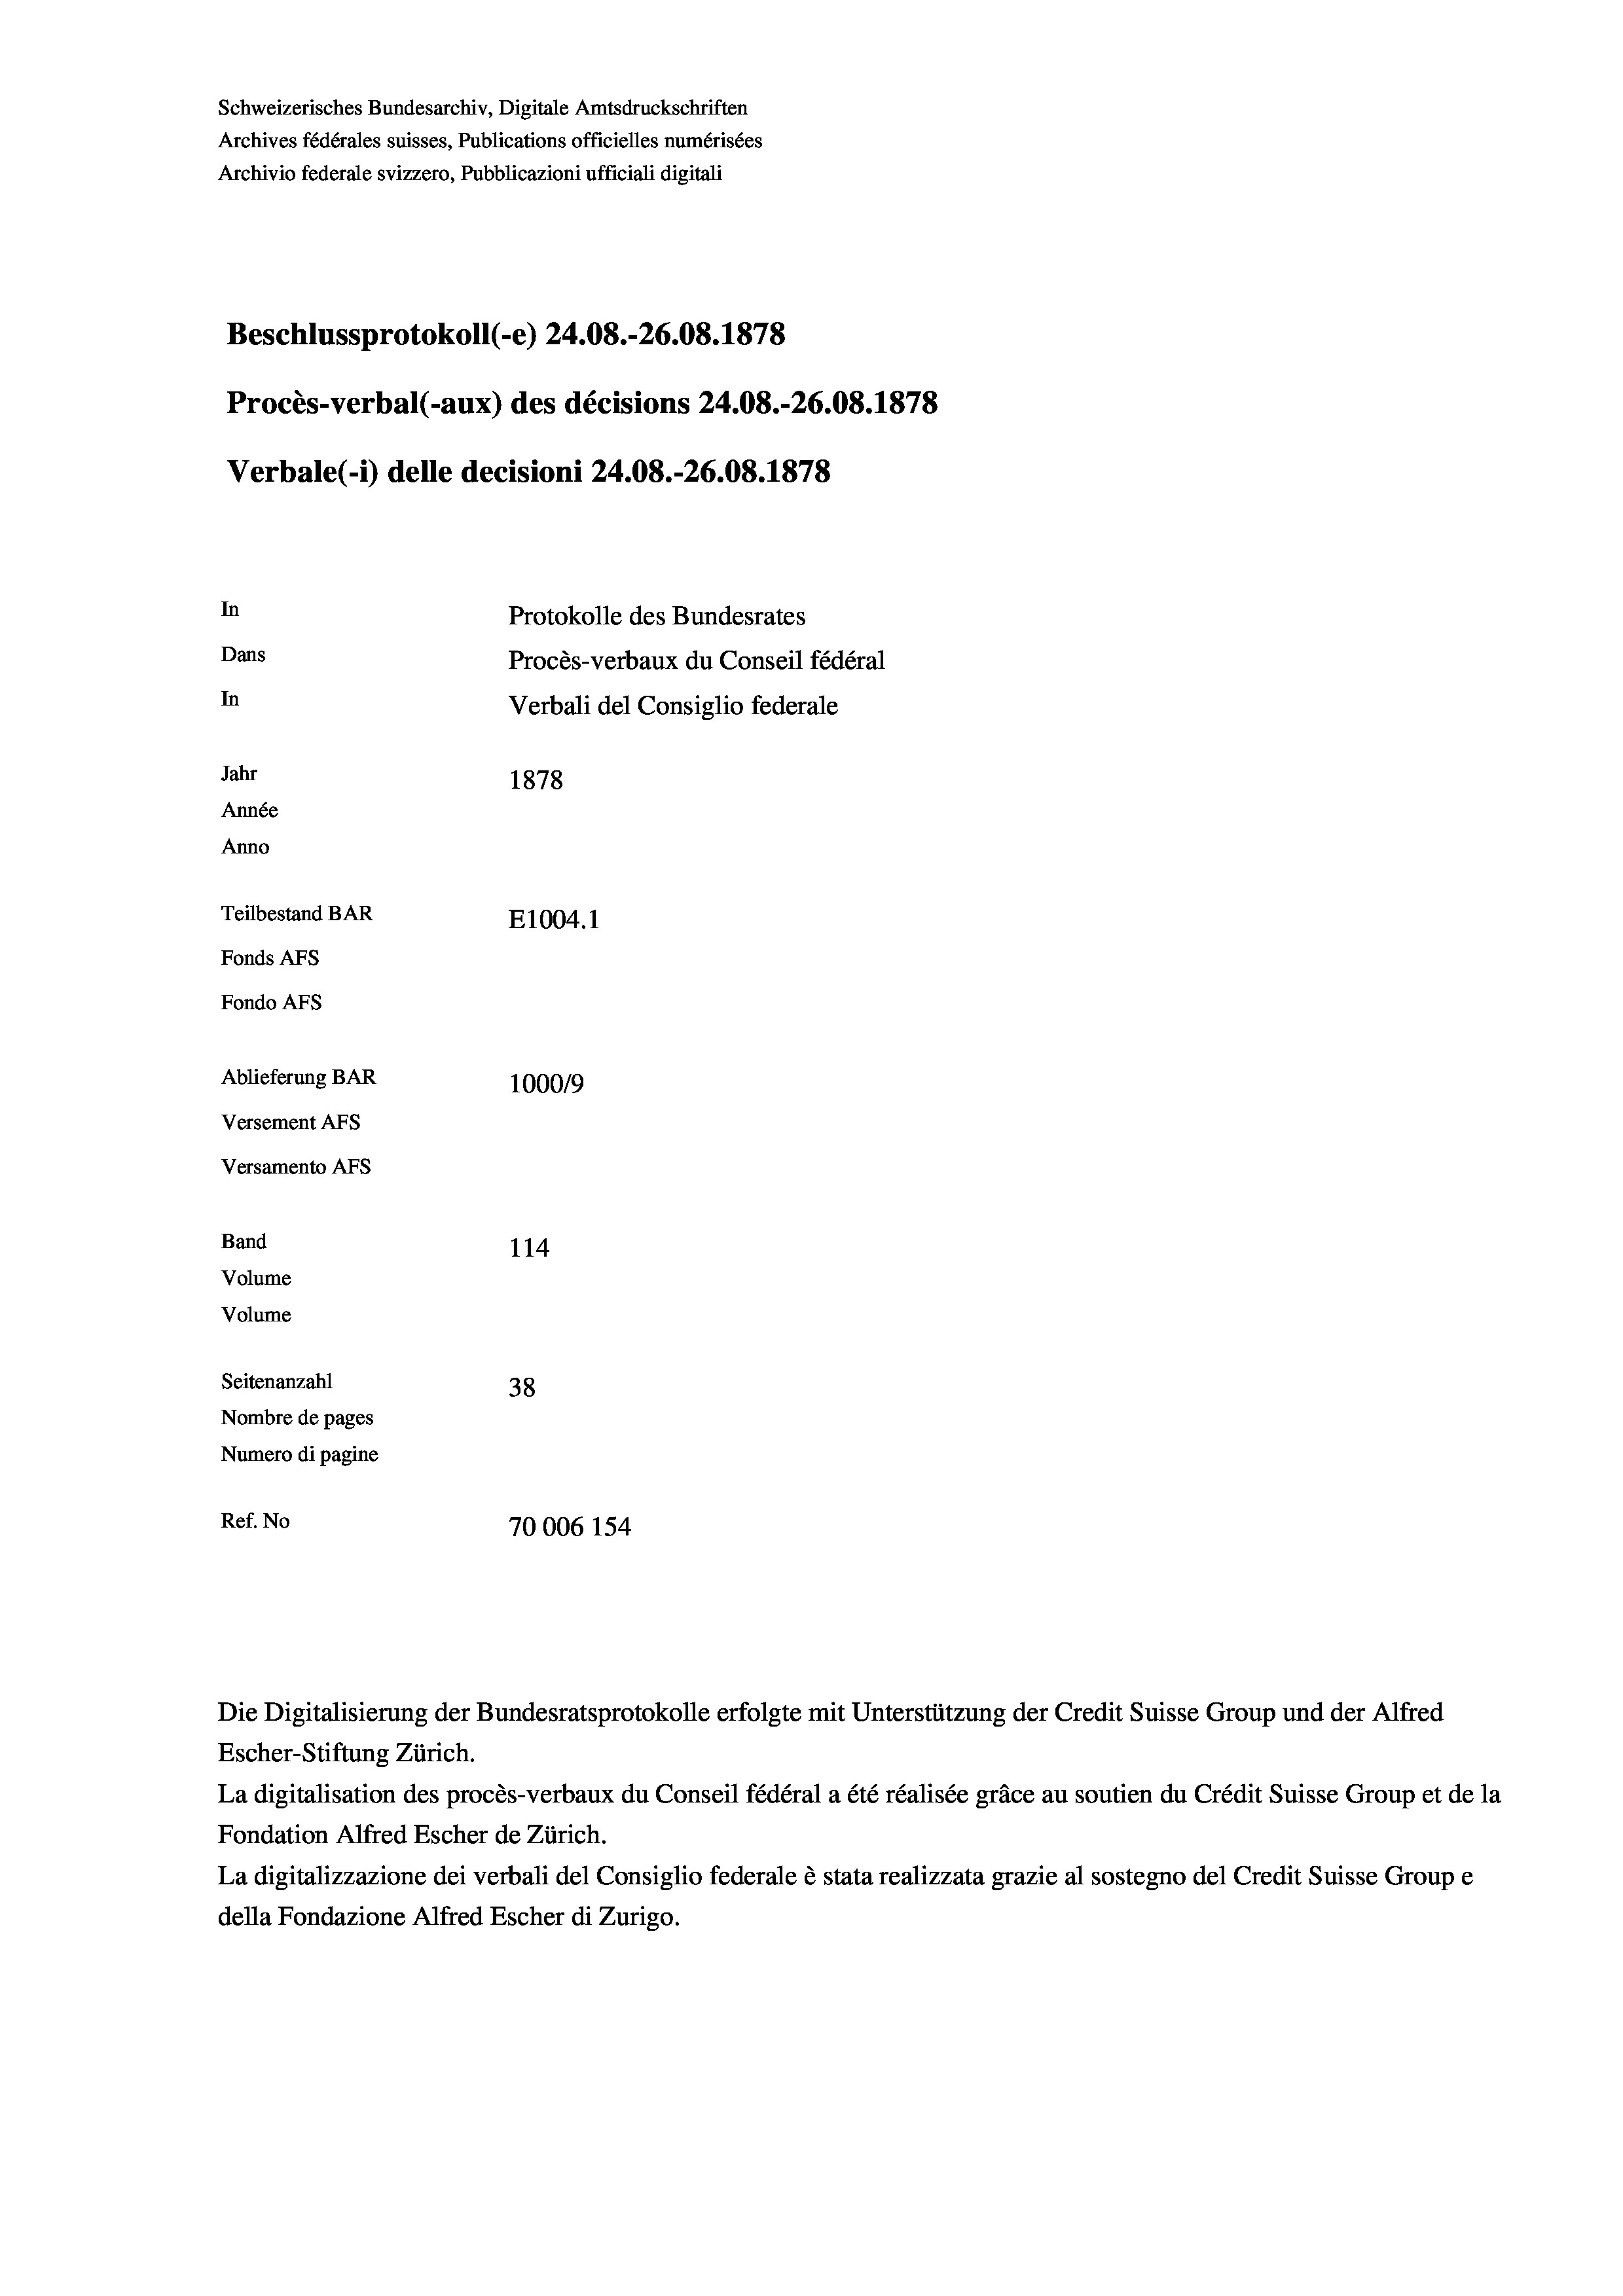
Schweizerisches Bundesarchiv, Digitale Amtsdruckschriften
Archives fédérales suisses, Publications officielles numérisées
Archivio federale svizzero, Pubblicazioni ufficiali digitali
Beschlussprotokoll (-e) 24.08.-26.08. 1878
Procès-verbal (-aux) des décisions 24.08.-26.08. 1878
Verbale (- 1) delle decisioni 24.08.-26.08. 1878
In
Protokolle des Bundesrates
Dans
Procès-verbaux du Conseil fédéral
In
Verbali del Consiglio federale
Jahr
1878
Année
Anno
Teilbestand BAR
E1004. 1
Fonds AFs
Fondo Afs
Ablieferung BAR
100019
Versement AFs
Versamento AFs
Band
114
Volume
Volume
Seitenanzahl
38
Nombre de pages
Numero di pagine
Ref. No
70006 154

Escher-Stiftung Zürich.
La digitalisation des procès-verbaux du Conseil fédéral a été réalisée gräce au soutien du Crédit Suisse Group et de la
Fondation Alfred Escher de Zürich.
La digitalizzazione dei verbali del Consiglio federale è stata realizzata grazie al sostegno del Credit Suisse Groupe
della Fondazione Alfred Escher di Zurigo.

Die Digitalisierung der Bundesratsprotokolle erfolgte mit Unterstützung der Credit Suisse Group und der Alfred